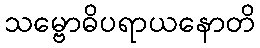
သမ္ဗောဓိပရာယနောတိ